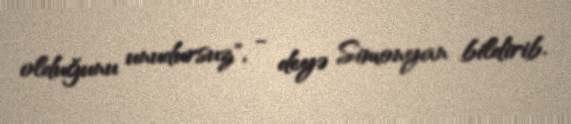
olduğunu unudursuz", - deyə Simonyan bildirib.